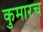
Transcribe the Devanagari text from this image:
कुमारच